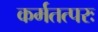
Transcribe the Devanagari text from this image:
कर्मतत्परः